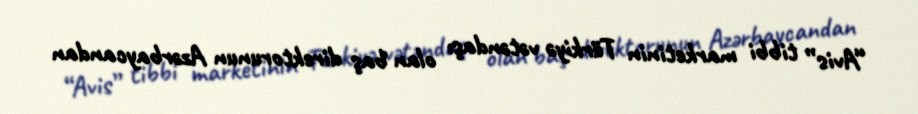
“Avis” tibbi marketinin Türkiyə vətəndaşı olan baş direktorunun Azərbaycandan